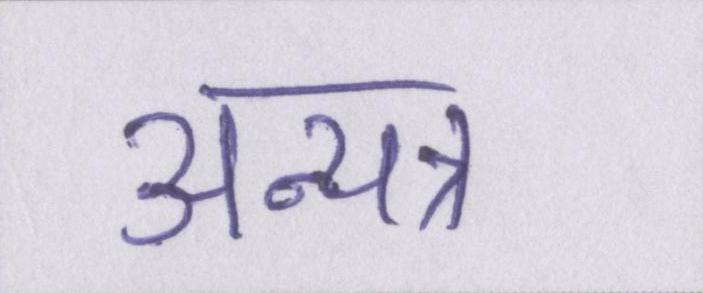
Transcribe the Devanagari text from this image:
अन्यत्र